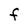
Character: F